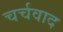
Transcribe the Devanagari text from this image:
चर्चवाद